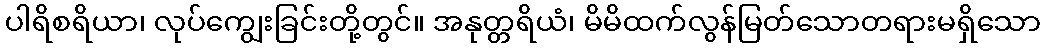
ပါရိစရိယာ၊ လုပ်ကျွေးခြင်းတို့တွင်။ အနုတ္တရိယံ၊ မိမိထက်လွန်မြတ်သောတရားမရှိသော